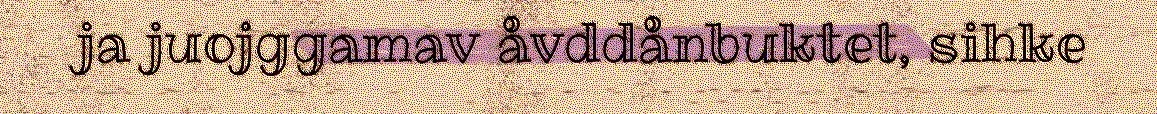
ja juojggamav åvddånbuktet, sihke